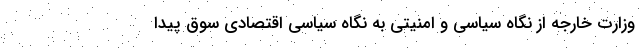
وزارت خارجه از نگاه سیاسی و امنیتی به نگاه سیاسی اقتصادی سوق پیدا